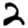
Digit: 2